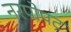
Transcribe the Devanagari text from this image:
नरपोपट